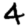
Digit: 4